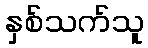
နှစ်သက်သူ